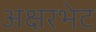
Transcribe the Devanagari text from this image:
अक्षरभेट